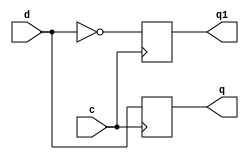
//submitted by Siddharth Singh(17CO146) & Chaitany Pandiya(17C0112)
module d(q,q1,d,c);
output q,q1;
 input d,c;
 reg q,q1;
	initial 
	   begin
		   q=1'b0; q1=1'b1;//initial value of q qnd q1
	   end
	always @ (posedge c)//always change at posedge of clock
	   begin 
		 q=d;
		 q1= ~d;
	   end
endmodule